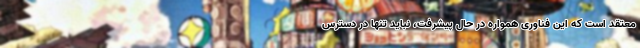
معتقد است که این فناوریِ همواره در حال پیشرفت، نباید تنها در دسترس